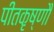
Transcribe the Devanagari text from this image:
पीतकृष्णौ